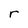
Character: r